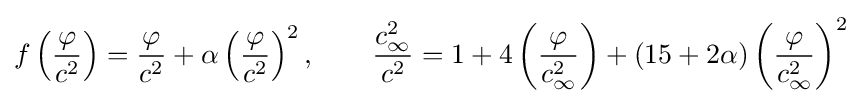
f\left({\frac {\varphi }{c^{2}}}\right)={\frac {\varphi }{c^{2}}}+\alpha \left({\frac {\varphi }{c^{2}}}\right)^{2},\qquad {\frac {c_{\infty }^{2}}{c^{2}}}=1+4\left({\frac {\varphi }{c_{\infty }^{2}}}\right)+(15+2\alpha )\left({\frac {\varphi }{c_{\infty }^{2}}}\right)^{2}